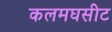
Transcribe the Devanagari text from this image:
कलमघसीट